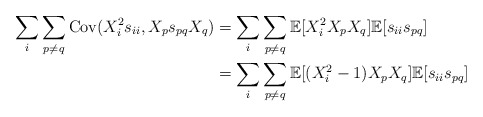
\begin{align*} \sum_i \sum_{p \neq q}\mathrm{Cov}(X_i^2 s_{ii}, X_p s_{pq} X_q) & = \sum_i \sum_{p \neq q}\mathbb{E}[X_i^2 X_p X_q] \mathbb{E}[s_{ii} s_{pq}] \\ & = \sum_i \sum_{p \neq q}\mathbb{E}[(X_i^2-1) X_p X_q] \mathbb{E}[s_{ii} s_{pq}] \end{align*}